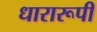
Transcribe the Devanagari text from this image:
धारारूपी